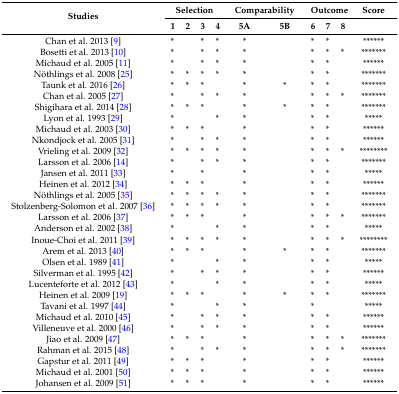
<table><thead><tr><td rowspan="2"><b>Studies</b></td><td colspan="4"><b>Selection</b></td><td colspan="2"><b>Comparability</b></td><td colspan="3"><b>Outcome</b></td><td><b>Score</b></td></tr><tr><td><b>1</b></td><td><b>2</b></td><td><b>3</b></td><td><b>4</b></td><td><b>5A</b></td><td><b>5B</b></td><td><b>6</b></td><td><b>7</b></td><td><b>8</b></td><td></td></tr></thead><tbody><tr><td>Chan et al. 2013 [9]</td><td>*</td><td></td><td>*</td><td>*</td><td>*</td><td></td><td>*</td><td>*</td><td></td><td>******</td></tr><tr><td>Bosetti et al. 2013 [10]</td><td>*</td><td></td><td>*</td><td>*</td><td>*</td><td></td><td>*</td><td>*</td><td>*</td><td>*******</td></tr><tr><td>Michaud et al. 2005 [11]</td><td>*</td><td></td><td>*</td><td>*</td><td>*</td><td></td><td>*</td><td>*</td><td></td><td>******</td></tr><tr><td>Nöthlings et al. 2008 [25]</td><td>*</td><td>*</td><td>*</td><td>*</td><td>*</td><td></td><td>*</td><td>*</td><td></td><td>*******</td></tr><tr><td>Taunk et al. 2016 [26]</td><td>*</td><td>*</td><td>*</td><td></td><td>*</td><td>*</td><td>*</td><td>*</td><td></td><td>*******</td></tr><tr><td>Chan et al. 2005 [27]</td><td>*</td><td></td><td>*</td><td>*</td><td>*</td><td></td><td>*</td><td>*</td><td>*</td><td>*******</td></tr><tr><td>Shigihara et al. 2014 [28]</td><td>*</td><td>*</td><td>*</td><td></td><td>*</td><td>*</td><td>*</td><td>*</td><td></td><td>*******</td></tr><tr><td>Lyon et al. 1993 [29]</td><td>*</td><td></td><td></td><td>*</td><td>*</td><td></td><td>*</td><td>*</td><td></td><td>*****</td></tr><tr><td>Michaud et al. 2003 [30]</td><td>*</td><td>*</td><td>*</td><td></td><td>*</td><td></td><td>*</td><td>*</td><td></td><td>******</td></tr><tr><td>Nkondjock et al. 2005 [31]</td><td>*</td><td></td><td>*</td><td>*</td><td>*</td><td></td><td>*</td><td>*</td><td></td><td>******</td></tr><tr><td>Vrieling et al. 2009 [32]</td><td>*</td><td>*</td><td>*</td><td>*</td><td>*</td><td></td><td>*</td><td>*</td><td>*</td><td>********</td></tr><tr><td>Larsson et al. 2006 [14]</td><td>*</td><td></td><td>*</td><td>*</td><td>*</td><td></td><td>*</td><td>*</td><td></td><td>*******</td></tr><tr><td>Jansen et al. 2011 [33]</td><td>*</td><td></td><td>*</td><td></td><td>*</td><td></td><td>*</td><td>*</td><td></td><td>*****</td></tr><tr><td>Heinen et al. 2012 [34]</td><td>*</td><td>*</td><td>*</td><td></td><td>*</td><td></td><td>*</td><td>*</td><td></td><td>******</td></tr><tr><td>Nöthlings et al. 2005 [35]</td><td>*</td><td>*</td><td>*</td><td>*</td><td>*</td><td></td><td>*</td><td>*</td><td></td><td>*******</td></tr><tr><td>Stolzenberg-Solomon et al. 2007 [36]</td><td>*</td><td>*</td><td>*</td><td>*</td><td>*</td><td></td><td>*</td><td>*</td><td></td><td>*******</td></tr><tr><td>Larsson et al. 2006 [37]</td><td>*</td><td>*</td><td>*</td><td></td><td>*</td><td></td><td>*</td><td>*</td><td>*</td><td>*******</td></tr><tr><td>Anderson et al. 2002 [38]</td><td>*</td><td></td><td></td><td>*</td><td>*</td><td></td><td>*</td><td>*</td><td></td><td>*****</td></tr><tr><td>Inoue-Choi et al. 2011 [39]</td><td>*</td><td>*</td><td>*</td><td>*</td><td>*</td><td></td><td>*</td><td>*</td><td>*</td><td>********</td></tr><tr><td>Arem et al. 2013 [40]</td><td>*</td><td>*</td><td>*</td><td></td><td>*</td><td>*</td><td>*</td><td>*</td><td></td><td>*******</td></tr><tr><td>Olsen et al. 1989 [41]</td><td>*</td><td></td><td></td><td>*</td><td>*</td><td></td><td>*</td><td>*</td><td></td><td>*****</td></tr><tr><td>Silverman et al. 1995 [42]</td><td>*</td><td></td><td>*</td><td>*</td><td>*</td><td></td><td>*</td><td>*</td><td></td><td>******</td></tr><tr><td>Lucenteforte et al. 2012 [43]</td><td>*</td><td></td><td></td><td>*</td><td>*</td><td></td><td>*</td><td>*</td><td></td><td>*****</td></tr><tr><td>Heinen et al. 2009 [19]</td><td>*</td><td>*</td><td>*</td><td></td><td>*</td><td>*</td><td>*</td><td>*</td><td></td><td>*******</td></tr><tr><td>Tavani et al. 1997 [44]</td><td>*</td><td></td><td></td><td>*</td><td>*</td><td></td><td>*</td><td></td><td></td><td>*****</td></tr><tr><td>Michaud et al. 2010 [45]</td><td>*</td><td></td><td>*</td><td>*</td><td>*</td><td></td><td>*</td><td>*</td><td></td><td>******</td></tr><tr><td>Villeneuve et al. 2000 [46]</td><td>*</td><td></td><td>*</td><td>*</td><td>*</td><td></td><td>*</td><td>*</td><td></td><td>******</td></tr><tr><td>Jiao et al. 2009 [47]</td><td>*</td><td>*</td><td>*</td><td></td><td>*</td><td></td><td>*</td><td>*</td><td>*</td><td>*******</td></tr><tr><td>Rahman et al. 2015 [48]</td><td>*</td><td></td><td>*</td><td>*</td><td>*</td><td></td><td>*</td><td>*</td><td>*</td><td>*******</td></tr><tr><td>Gapstur et al. 2011 [49]</td><td>*</td><td>*</td><td>*</td><td></td><td>*</td><td></td><td>*</td><td>*</td><td></td><td>******</td></tr><tr><td>Michaud et al. 2001 [50]</td><td>*</td><td>*</td><td>*</td><td></td><td>*</td><td></td><td>*</td><td>*</td><td></td><td>******</td></tr><tr><td>Johansen et al. 2009 [51]</td><td>*</td><td>*</td><td>*</td><td></td><td>*</td><td></td><td>*</td><td>*</td><td></td><td>******</td></tr></tbody></table>